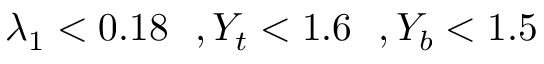
\lambda _ { 1 } < 0 . 1 8 \, \, \, \, , Y _ { t } < 1 . 6 \, \, \, \, , Y _ { b } < 1 . 5